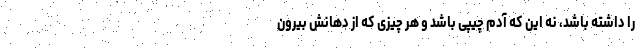
را داشته باشد، نه این که آدم چیپی باشد و هر چیزی که از دهانش بیرون